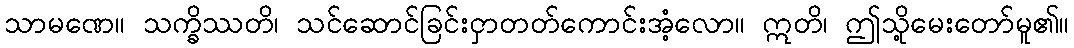
သာမဏေ။ သက္ခိဿတိ၊ သင်ဆောင်ခြင်းငှာတတ်ကောင်းအံ့လော။ ဣတိ၊ ဤသို့မေးတော်မူ၏။